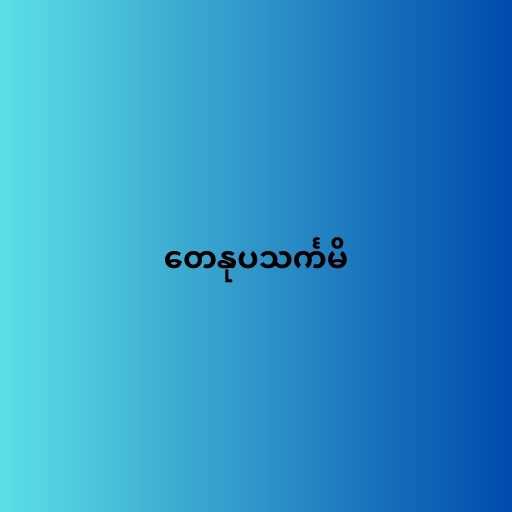
တေနုပသင်္ကမိ